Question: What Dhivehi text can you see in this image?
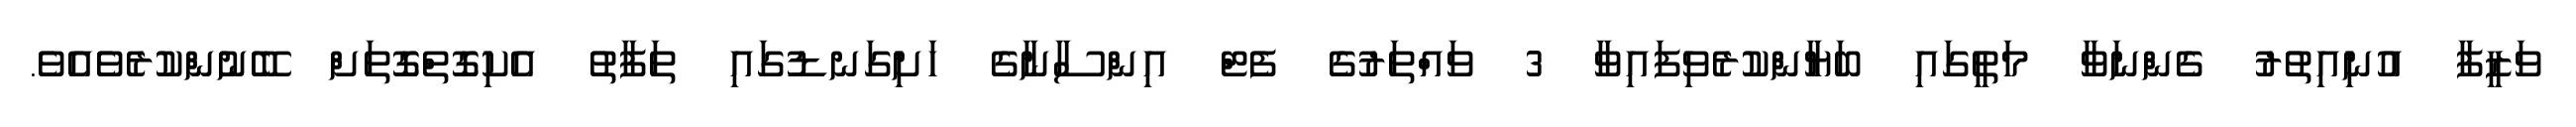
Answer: ވަޒީފާ އުނިއިތުރު ގެންނަވާ މަތީގައި ބަޔާންކުރެވިފައިވާ 3 ވައްތަރުގެ ފެޓް އިންސާނާގެ ހަށިގަނޑުގައި ތަފާތު އެކިގޮތްގޮތަށް ބޭނުންކުރެވެއެވެ.